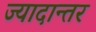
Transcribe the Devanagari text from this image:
ज्यादान्तर